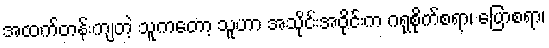
အထက်တန်းကျတဲ့ သူကတော့ သူဟာ အသိုင်းအဝိုင်းက ဂရုစိုက်စရာ၊ ပြောစရာ၊